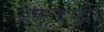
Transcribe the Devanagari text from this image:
अमेरूदण्डीय